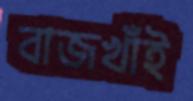
বাজখাঁই